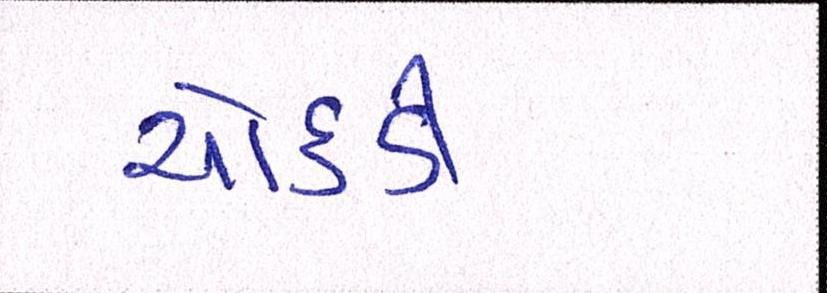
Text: ચોકડી